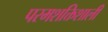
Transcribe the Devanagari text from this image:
परमशक्तिशाली